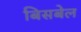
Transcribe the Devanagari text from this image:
बिसबेल